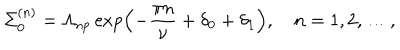
LaTeX: \Sigma _ { 0 } ^ { ( n ) } = \Lambda _ { \mathrm { n p } } \exp \left( - \frac { \pi n } { \nu } + \delta _ { 0 } + \delta _ { 1 } \right) , \quad n = 1 , 2 , \dots ,